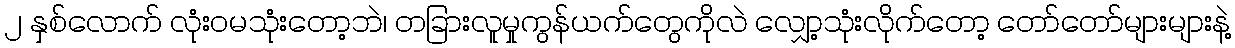
၂ နှစ်လောက် လုံးဝမသုံးတော့ဘဲ၊ တခြားလူမှုကွန်ယက်တွေကိုလဲ လျှော့သုံးလိုက်တော့ တော်တော်များများနဲ့